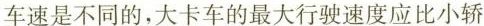
车速是不同的，大卡车的最大行驶速度应比小轿